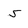
Character: 5